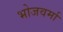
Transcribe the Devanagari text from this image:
भोजवर्मा